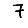
Digit: 7